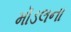
મૉડલના